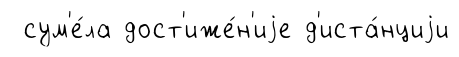
сум'е́ла дост'иже́н'иjе д'иста́нциjи